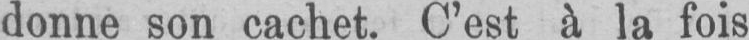
donne son cachet. C’est à la fois